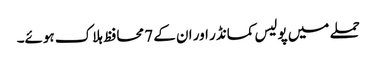
حملے میں پولیس کمانڈر اور ان کے 7 محافظ ہلاک ہوئے۔